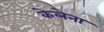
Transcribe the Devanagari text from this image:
केलेना